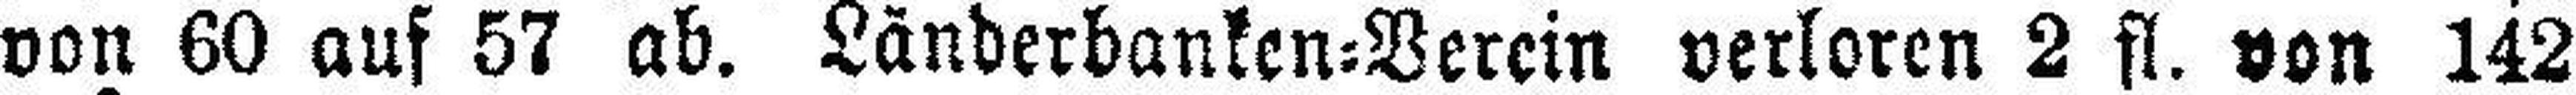
von 60 auf 57 ab. Länderbanken=Verein verloren 2 fl. von 142